King Institute of Preventive Medicine Micro-Biological Section reports 1909-11
Year: 1909
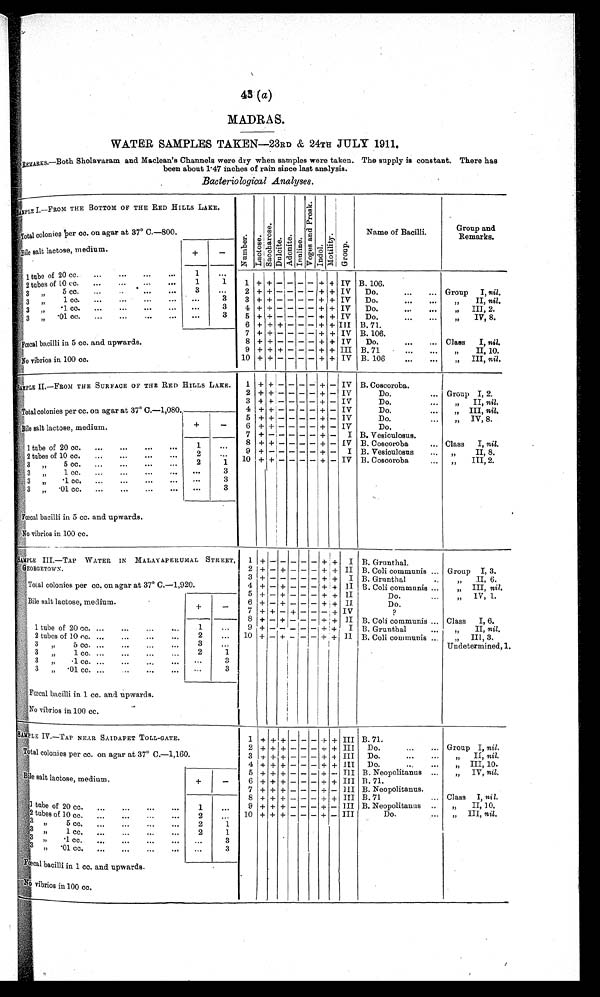
43 ( a)
MADRAS.
WATER SAMPLES TAKEN—23RD & 24TH JULY 1911.
REMARKS.—Both Sholavaram and Maclean's Channels were dry when samples were taken. The supply is constant. There has
been about 1.47 inches of rain since last analysis.
Bacteriological Analyses.
SAMPLE I.—FROM THE BOTTOM OF THE RED HILLS LAKE.
N u m b e r . L a c t o s e .
S a c c h a r o s e .
D u l c i t e .
A d o n i t e . I n u l i n e .
V o g e s a n d P r o s k .
I n d o l .
M o t i l i t y .
Gr oup.
Name of Bacilli.
Group and
Remarks.
T o t a l c o l o n i e s P e r c c . o n a g a r a t 3 7° C . — 8 0 0 .
Bile salt lactose, medium.
+
-
1 tube of 20 cc.
...
...
...
...
1
. . .
1 + + - - - - + + IV B. 106.
2 tubes of 10 cc.
...
...
...
. . .
1
1
2 + + - - - - + + IV Do.
...
... Group I, nil.
3 „ 5 cc.
...
...
. . .
3
. . .
3 + + - - - - + + IV Do.
„ I I ,n
i l
.
3 „ 1 c c .
. . .
. . .
. . .
. . .
3
4 + + - - - - + + IV Do.
...
...
„ III, 2.
3 „ .1 cc.
. . .
3
5 + + - - - - + + IV Do.
„ I V , 8 .
3 „ . 0 1 c c
. . . 3
6
+ + + - - -
+ + III B. 71.
7 + + - - - -
+ + IV B. 106.
Fœcal bacilli in 5 cc. and upwards.
8 + + - - - - + + IV Do.
...
... Class I, nil.
9 + + + - - - + + III B. 71
...
...
„ II, 10.
No vibrios in 100 cc.
10 + + - - - - + + IV B. 106
„ I I I ,
n i l
.
SAMPLE II.—FROM THE SURFACE OF THE RED HILLS LAKE.
1 + + - - - - + - IV B. Coscoroba.
2 + + - - - - + -
I V
Do.
... Group I, 2.
Total colonies per cc. on agar at 37° C.—1,080
3 + + - - - - + - IV
Do.
. . .
„ II, nil.
4 + + - - - - + - IV
Do.
...
„ III, nil.
5 + + - - - - + - IV
Do.
. . .
„ IV, 8.
Bile salt lactose, medium.
+
-
6 + + - - - - + - IV
Do.
7 + - - - - - + - I B. Vesiculosus.
1 tube of 20 cc.
...
...
...
. . .
1
. . . 8 + + - - - - + - IV B. Coscoroba
... Class I, nil.
9 + - - - - - + - I B. Vesiculosus
. . . „ II, 8.
2 tubes of 10 cc.
...
...
...
. . .
2
. . .
10 + + -
- - - + - IV B. Coscoroba
„ I I I , 2 .
3 „ 5 cc. ...
...
...
...
2
1
3 „ 1 cc.
...
...
...
. . .
. . .
3
3 „ .1 cc. ...
...
...
. . .
. . .
3
3 „ .01 cc. ...
...
...
. . .
. . .
3
Fœcal bacilli in 5 cc. and upwards.
No vibrios in 100 cc.
S A M P L E I I I . — T A P W A T E R I N M A L A Y A P E R U M A L S T R E E T
, GEORGETOWN.
1
+ -
- - -
- + + I B. Grunthal.
2 + - + - - - + + II B. Coli communis ... Group I, 3.
3 + -
- - -
- + + I B. Grunthal ...
„ II, 6.
Total colonies per cc. on agar at 37° C.—1,920.
4 + - + - - - + +
I I B. Coli communis ...
„ III, nil.
5
+ -
+ - -
- +
+
I I
Do.
...
„ IV, 1.
Bile salt lactose, medium
+
-
6 + - + - - - + + II
Do.
7 + + - + -
- - + IV
8 + - + - - - + + II B. Coli communis ... Class I, 6.
1 tube of 20 cc. ...
...
...
. . .
1
. . .
9
+ -
- - -
- + + I B. Grunthal
„ I I ,
n i l
.
10 + - + - - - + + I I B. Coli communis ...
„ III, 3.
Undetermined. 1,
2 tubes of 10 cc. ...
...
...
. . .
2
...
3 „ 5 cc. ...
...
...
. . .
3
. . .
3 „ 1 cc. ...
...
...
...
2
1
3 „ . 1 c c .
...
3
3 „ .01 cc. ...
..
...
. . .
. . .
3
Fœcal bacilli in 1 cc. and upwards.
No vibrios in 100 cc.
S A M P L E I V . — T A P N E A R S A I D A P E T T O L L - G A T E .
1 +
+
+
- - - + + III B. 71.
Total colonies per cc. on agar at 37° C.—1,160.
2 + + + - - - + + III Do.
...
... Group I, nil.
3 + + + - - - + + III Do.
„ I I ,
n i l
.
4 + + + - - - + + III Do.
„ I I I , 1 0 .
Bile salt lactose, medium.
+
-
5 + + + - - - + - III B. Neopolitanus ...
„ IV, nil.
6 + + + - - - + + III B. 71.
7 + + + - - - + - III B. Neopolitanus.
1 tube of 20 cc. ...
...
....
. . .
1
...
8 + + + - - - + + III B. 71
... Class I, nil.
9 + + + - - - + - III B. Neopolitanus..
„ II, 10.
10 + + + - - - + - III
Do.
„ III, nil.
2 tubes of 10 cc. ...
...
...
2
. . .
3 „ 5 c c .
2
1
3 „ 1 cc.
...
...
...
...
2
1
3 „ .1 cc.
...
...
...
. . .
. . .
3
3 „ . 0 1 c c . . . .
. . . 3
Fœcal bacilli in 1 cc. and upwards.
No vibrios in 100 cc.